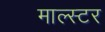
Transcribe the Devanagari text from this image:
माल्स्टर